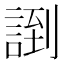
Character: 𲁪